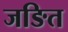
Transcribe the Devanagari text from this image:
जङित